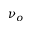
\nu _ { o }